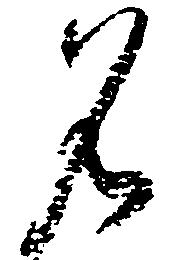
名